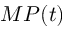
M P ( t )